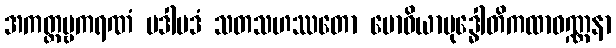
အကတ္တဗ္ဗကရဏံ ပဒါပဒံ သတသဟဿတော ဗောဓိယာဗုဒ္ဓေါတိကထာဝဏ္ဏနာ